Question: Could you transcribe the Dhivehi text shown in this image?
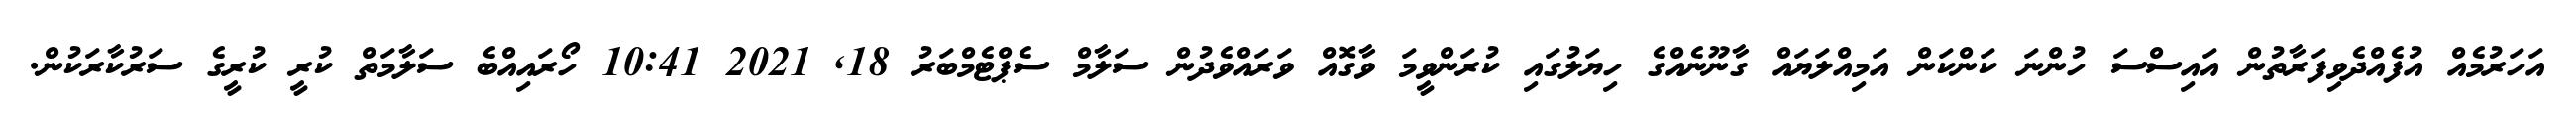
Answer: އަހަރުމެއް އުފެއްދެވިފަރާތުން އައިސްސަ ހުންނަ ކަންކަން އަމިއްލަޔައް ގާނޫނެއްގެ ހިޔަލުގައި ކުރަންވީމަ ވާގޮއް ވަރައްވެދުން ސަލާމް ސެޕްޓެމްބަރު 18, 2021 10:41 ހޯރައިއްބެ ސަލާމަތް ކުރީ ކުރީގެ ސަރުކާރަކުން.